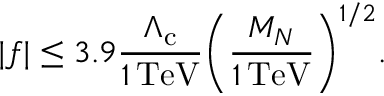
| f | \le 3 . 9 \frac { \Lambda _ { \mathrm { c } } } { 1 \, \mathrm { T e V } } \biggl ( \frac { M _ { N } } { 1 \, \mathrm { T e V } } \biggr ) ^ { 1 / 2 } .